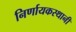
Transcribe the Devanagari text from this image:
निर्णायकस्थानी